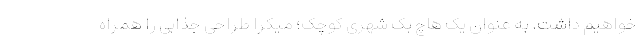
خواهیم داشت. به عنوان یک هاچ بک شهری کوچک؛ میکرا طراحی جذابی را همراه